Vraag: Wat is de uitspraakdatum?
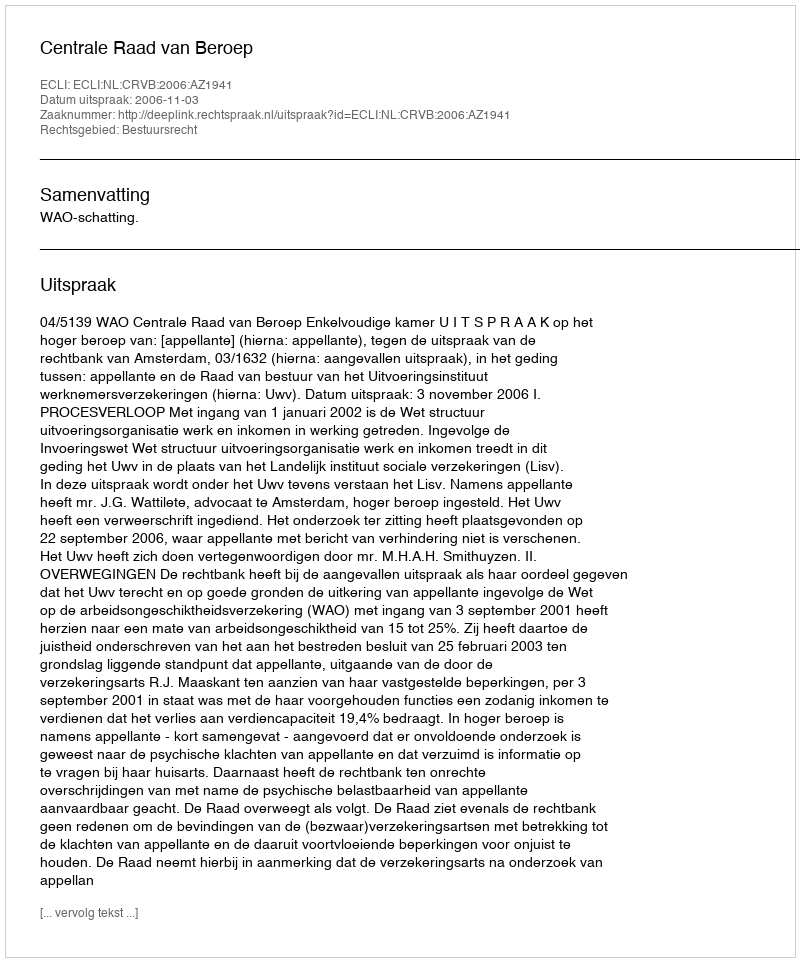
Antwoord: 2006-11-03